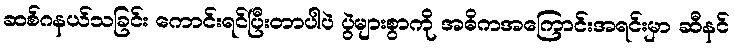
ဆစ်ဂနယ်သခြင်း ကောင်းရင်ပြီးတာပါပဲ ပွဲများစွာကို အဓိကအကြောင်းအရင်းမှာ ဆီနင်